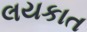
લયકાત